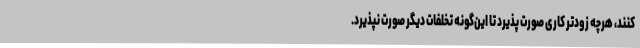
‌کنند، هرچه زودتر کاری صورت پذیرد تا این‌گونه تخلفات دیگر صورت نپذیرد.